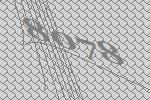
8078